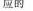
应的